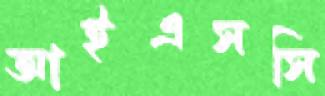
আইএসসি